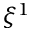
\xi ^ { 1 }